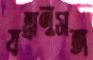
যন্ত্রানুসঙ্গ